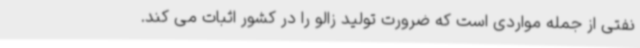
نفتی از جمله مواردی است که ضرورت تولید زالو را در کشور اثبات می کند.